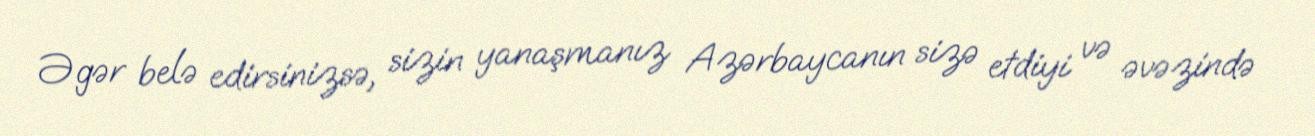
Əgər belə edirsinizsə, sizin yanaşmanız Azərbaycanın sizə etdiyi və əvəzində